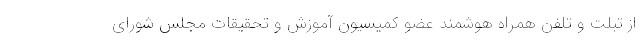
از تبلت و تلفن همراه هوشمند عضو کمیسیون آموزش و تحقیقات مجلس شورای